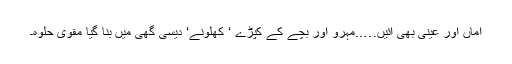
اماں اور عینی بھی آئیں…..مہرو اور بچے کے کپڑے ‘ کھلونے‘ دیسی گھی میں بنا گیا مقوی حلوہ۔